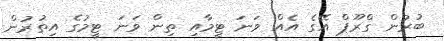
ބުރުން ގްރޫޕް އޭގެ އެއް ވަނަ ޓީމާއި ތިން ވަނަ ޓީމުގެ އިތުރުން